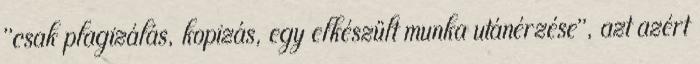
"csak plagizálás, kopizás, egy elkészült munka utánérzése", azt azért